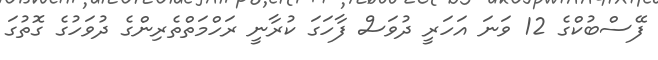
ފޭސްބުކްގެ 12 ވަނަ އަހަރީ ދުވަސް ފާހަގަ ކުރާނީ ރަހްމަތްތެރިންގެ ދުވަހުގެ ގޮތުގަ